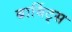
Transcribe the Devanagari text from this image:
बार्बिट्स